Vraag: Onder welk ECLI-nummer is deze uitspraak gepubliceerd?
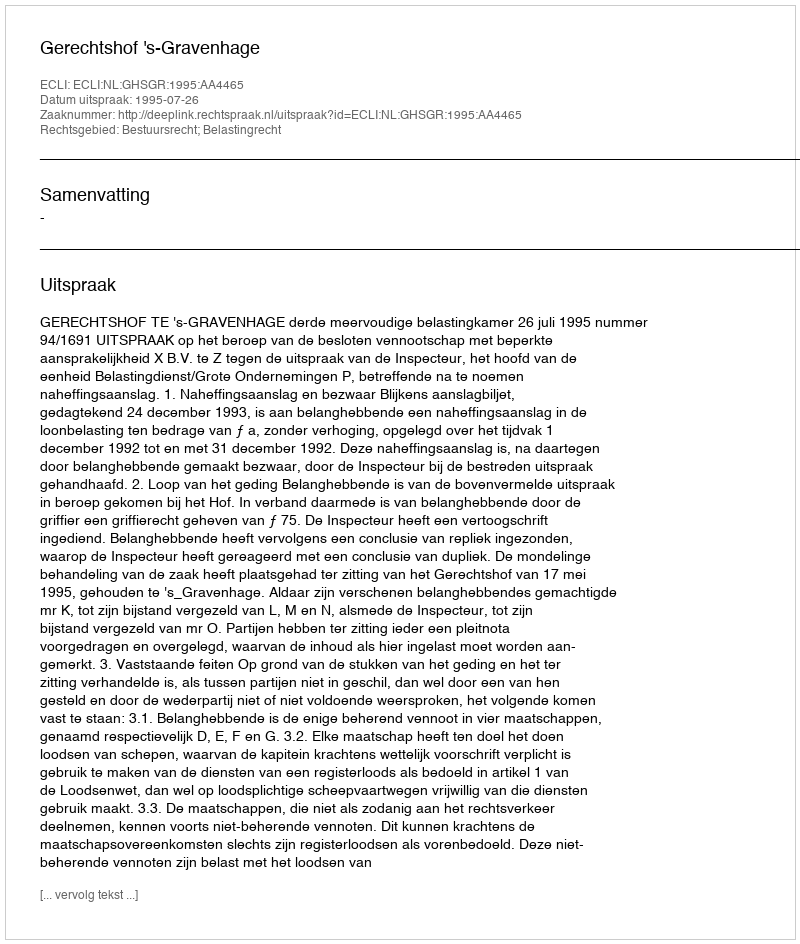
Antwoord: ECLI:NL:GHSGR:1995:AA4465